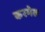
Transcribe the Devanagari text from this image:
करमेल